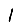
Digit: 1